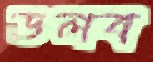
ডলব